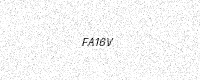
Text: FA16V